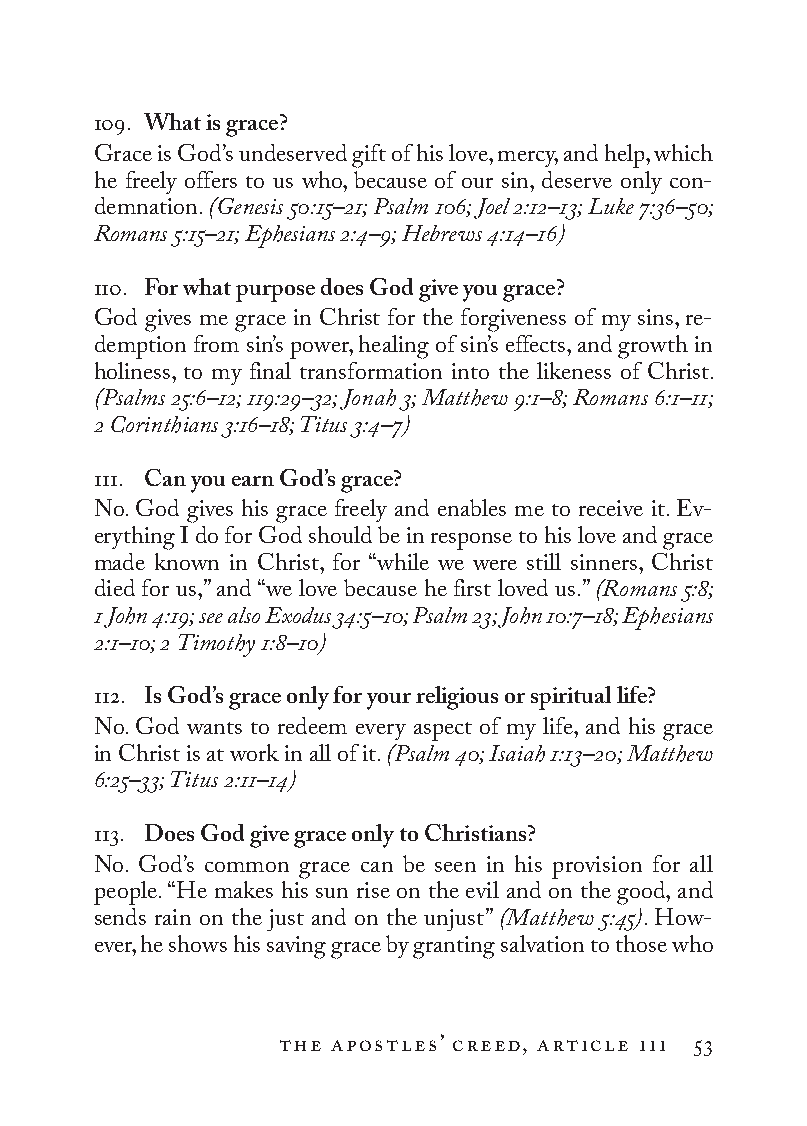
109. What is grace?
 Grace is God’s undeserved gift of his love, mercy, and help, which
 he freely offers to us who, because of our sin, deserve only con-
 demnation. (Genesis 50:15–21; Psalm 106; Joel 2:12–13; Luke 7:36–50;
 Romans 5:15–21; Ephesians 2:4–9; Hebrews 4:14–16)
 110. For what purpose does God give you grace?
 God gives me grace in Christ for the forgiveness of my sins, re-
 demption from sin’s power, healing of sin’s effects, and growth in
 holiness, to my final transformation into the likeness of Christ.
 (Psalms 25:6–12; 119:29–32; Jonah 3; Matthew 9:1–8; Romans 6:1–11;
 2 Co rin thi ans 3:16–18; Titus 3:4–7)
 111. Can you earn God’s grace?
 No. God gives his grace freely and enables me to receive it. Ev-
 erything I do for God should be in response to his love and grace
 made known in Christ, for “while we were still sinners, Christ
 died for us,” and “we love because he first loved us.” (Romans 5:8;
 1 John 4:19; see also Exodus 34:5–10; Psalm 23; John 10:7–18; Ephesians
 2:1–10; 2 Timothy 1:8–10)
 112. Is God’s grace only for your religious or spiritual life?
 No. God wants to redeem every aspect of my life, and his grace
 in Christ is at work in all of it. (Psalm 40; Isaiah 1:13–20; Matthew
 6:25–33; Titus 2:11–14)
 113. Does God give grace only to Christians?
 No. God’s common grace can be seen in his provision for all
 people. “He makes his sun rise on the evil and on the good, and
 sends rain on the just and on the unjust” (Matthew 5:45). How-
 ever, he shows his saving grace by granting salvation to those who
 the apostles’ creed, article iii 53
 To be a Christian.566776.int.indd 53        11/13/19 1:31 PM